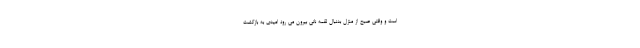
است و وقتی صبح از منزل بدنبال لقمه نانی بیرون می رود امیدی به بازگشت